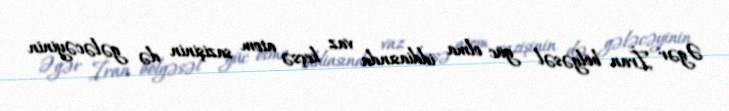
Əgər İran bölgəsəl güc olma iddiasında vaz keçsə atom sazişinin də gələcəyinin